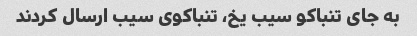
به جای تنباکو سیب یخ، تنباکوی سیب ارسال کردند